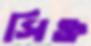
সিক্ত